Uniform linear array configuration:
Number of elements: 64
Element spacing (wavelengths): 1
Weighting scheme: kaiser
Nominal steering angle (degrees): -30
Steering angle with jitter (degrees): -29.399
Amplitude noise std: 0.05
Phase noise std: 0.05

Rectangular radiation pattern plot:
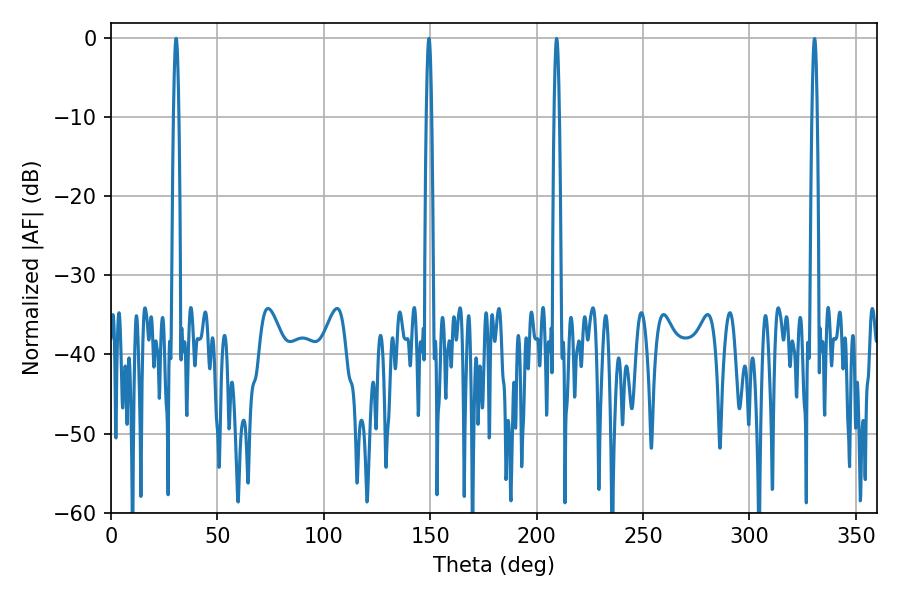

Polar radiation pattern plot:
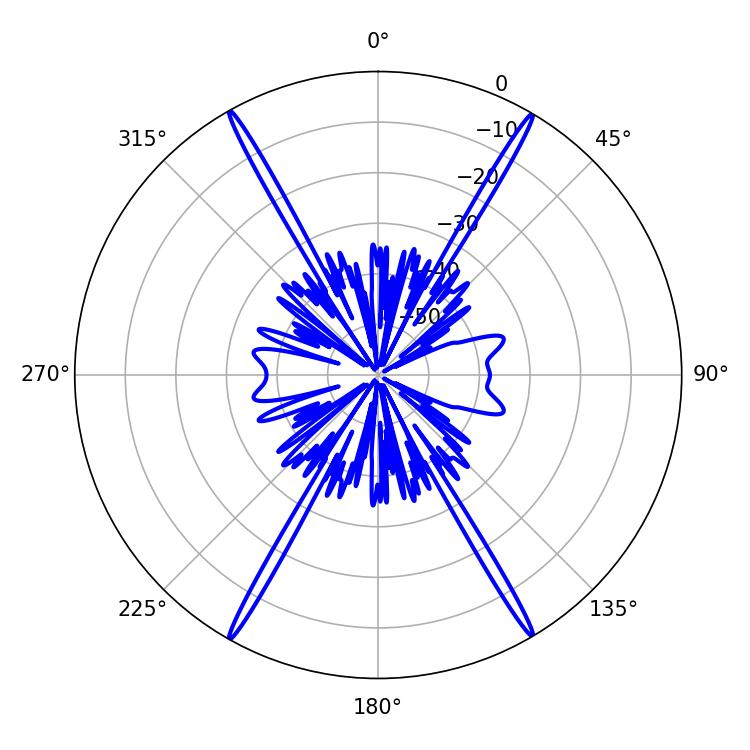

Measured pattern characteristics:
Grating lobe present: TRUE
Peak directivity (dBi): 31.934
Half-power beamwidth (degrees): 1.44
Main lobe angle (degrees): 30.6